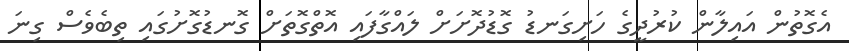
އެގޮތުން އައިލާން ކުރުދީގެ ހަށިގަނޑު ގޮޑުދޮށަށް ލައްގާފައި އޮތްގޮތަށް ގޮނޑުގޮށުގައި ތިބެވެސް ގިނަ